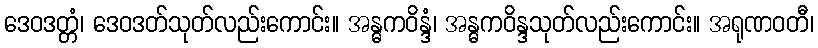
ဒေဝဒတ္တံ၊ ဒေဝဒတ်သုတ်လည်းကောင်း။ အန္ဓကဝိန္ဒံ၊ အန္ဓကဝိန္ဒသုတ်လည်းကောင်း။ အရုဏဝတီ၊